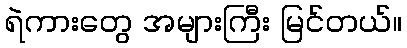
ရဲကားတွေ အများကြီး မြင်တယ်။